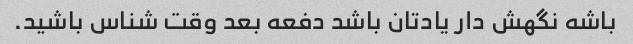
باشه نگهش دار یادتان باشد دفعه بعد وقت شناس باشید.